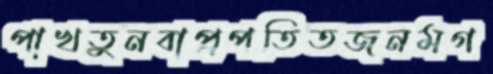
পাখতুনবাপ্রপতিতজনমগ